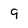
Character: 9